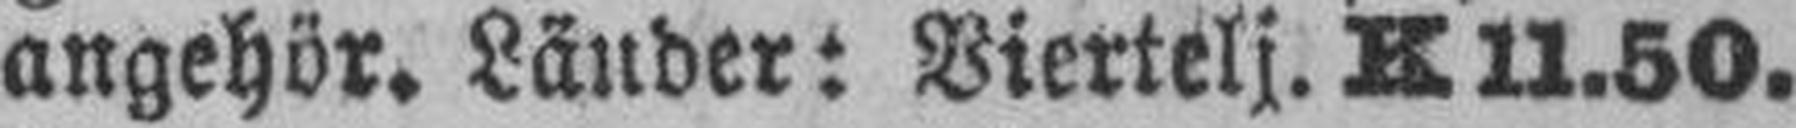
angehör. Länder: Viertelj. K 11.50.